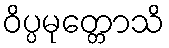
ဝိပ္ပမုတ္တောသိ